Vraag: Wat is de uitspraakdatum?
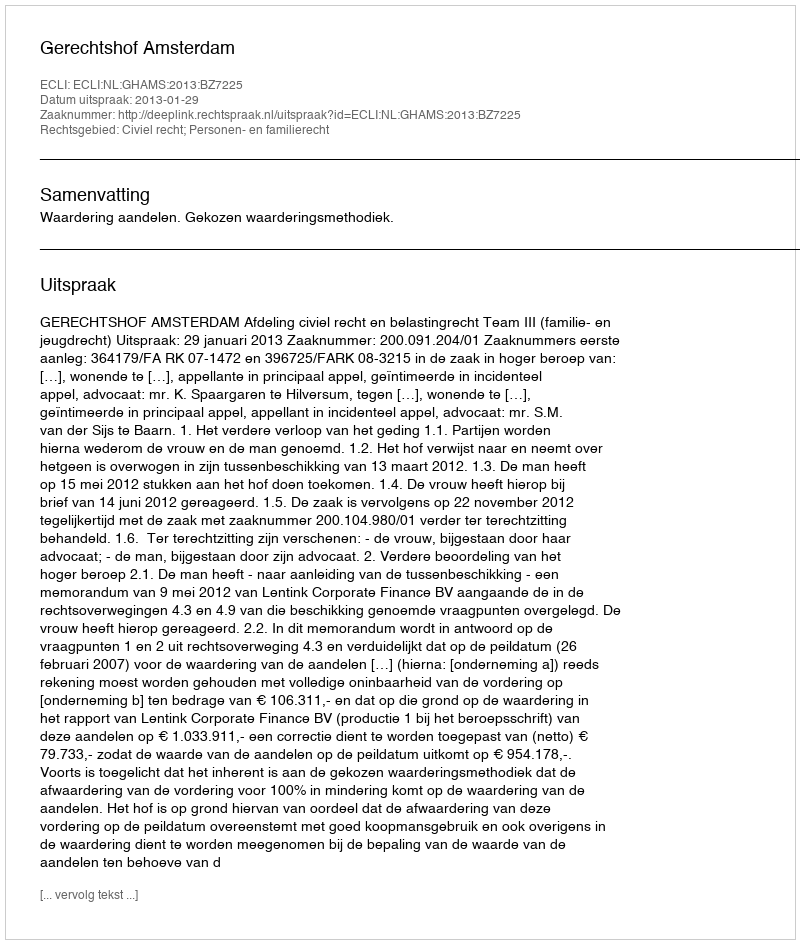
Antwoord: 2013-01-29